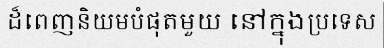
ដ៏ពេញនិយមបំផុតមួយ នៅក្នុងប្រទេស